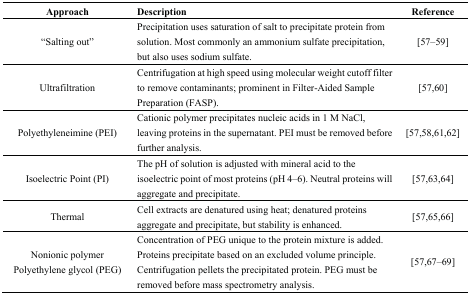
| Approach | Description | Reference |
 | --- | --- | --- |
 | “Salting out” | Precipitation uses saturation of salt to precipitate protein from solution. Most commonly an ammonium sulfate precipitation, but also uses sodium sulfate. | [57,58,59] |
 | Ultrafiltration | Centrifugation at high speed using molecular weight cutoff filter to remove contaminants; prominent in Filter-Aided Sample Preparation (FASP). | [57,60] |
 | Polyethyleneimine (PEI) | Cationic polymer precipitates nucleic acids in 1 M NaCl, leaving proteins in the supernatant. PEI must be removed before further analysis. | [57,58,61,62] |
 | Isoelectric Point (PI) | The pH of solution is adjusted with mineral acid to the isoelectric point of most proteins (pH 4–6). Neutral proteins will aggregate and precipitate. | [57,63,64] |
 | Thermal | Cell extracts are denatured using heat; denatured proteins aggregate and precipitate, but stability is enhanced. | [57,65,66] |
 | Nonionic polymer Polyethylene glycol (PEG) | Concentration of PEG unique to the protein mixture is added. Proteins precipitate based on an excluded volume principle. Centrifugation pellets the precipitated protein. PEG must be removed before mass spectrometry analysis. | [57,67,68,69] |